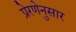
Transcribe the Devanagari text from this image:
प्रेरणेनुसार